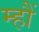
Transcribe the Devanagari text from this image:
म्हौं